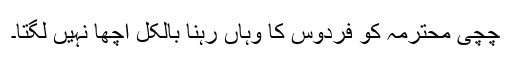
چچی محترمہ کو فردوس کا وہاں رہنا بالکل اچھا نہیں لگتا۔